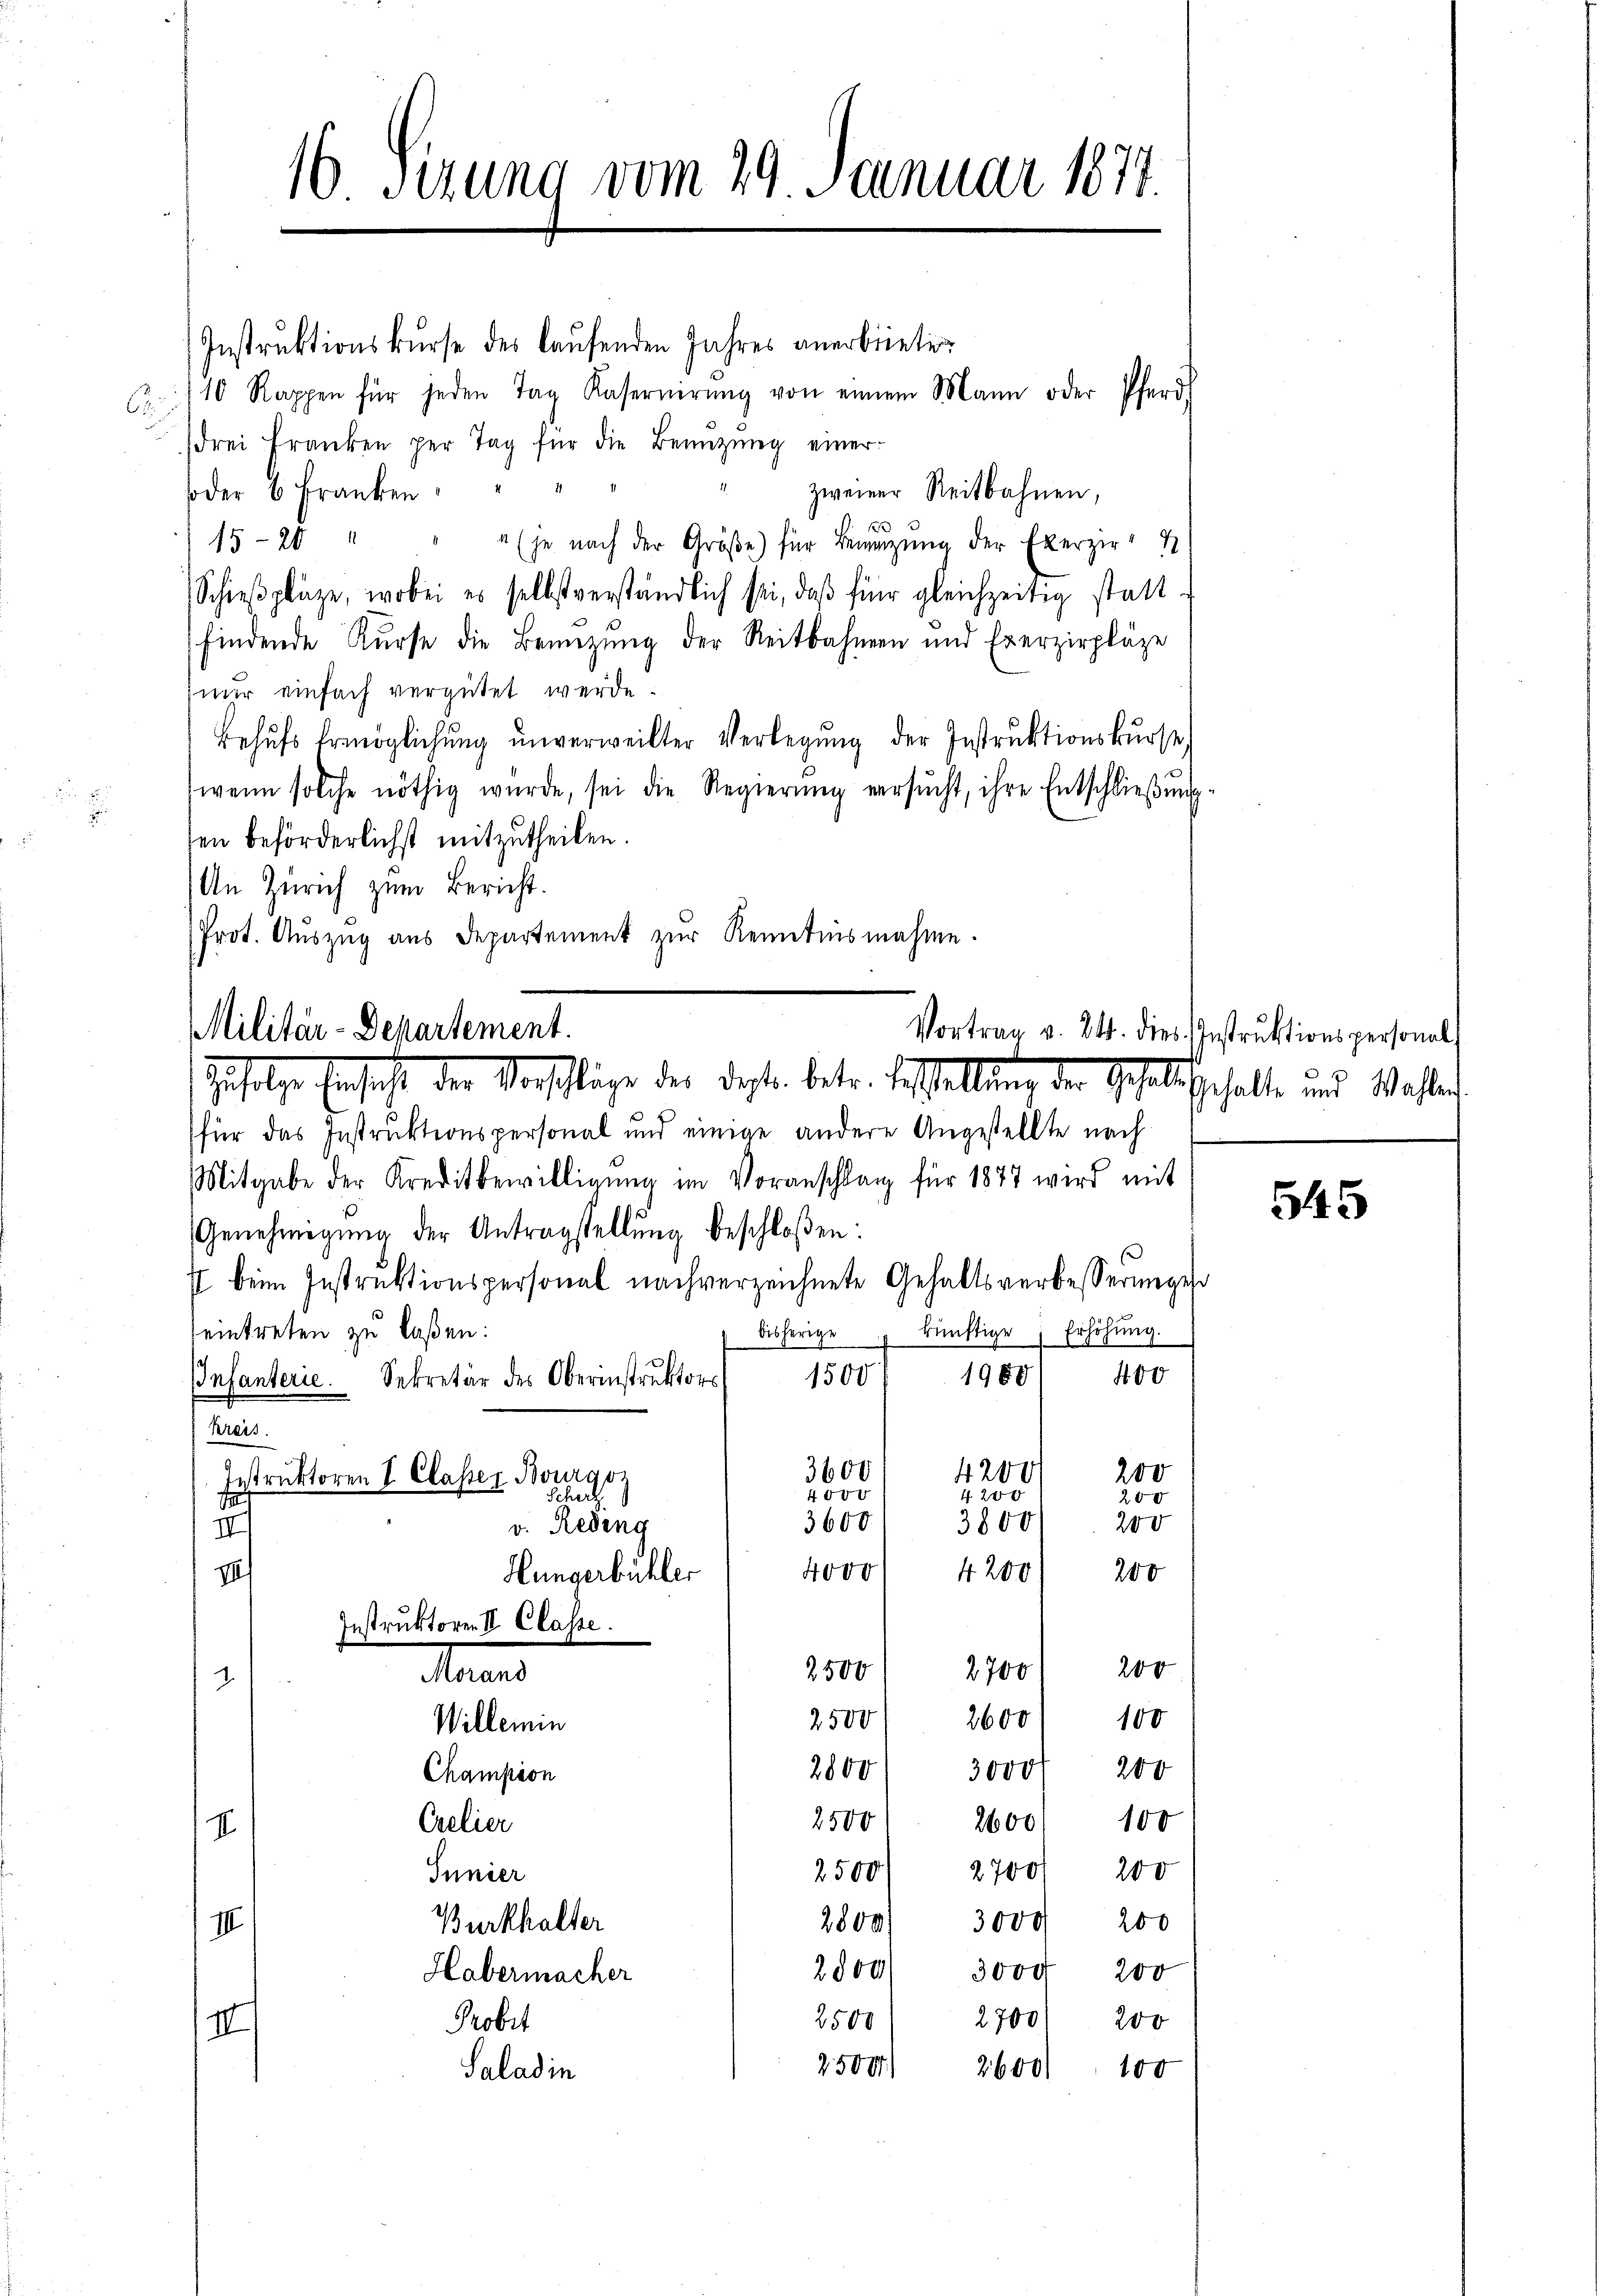
.

16 Sizung vom 29. Januar 1877.

Instruktionskurse des laufenden Jahres anerbieten
 110 Rappen für jeden Tag Kasernirŭng von einem Mann oder Pferd
drei Franken per Tag für die Benüzung einer
soder 6 Franken
zweiner Reitbahnen,
15-20
" (je nach der Größe) für Bewegung der Exerzir
Schieβplaze, wobei es selbstverständlich sei, daβ für gleichzeitig stattfindende Kurse die Benützung der Reitbahnen und Exerzirpläze
mir einfach vergütet werde.
Behŭfs Ermöglichung unverweilter Verlegung der Instruktionskurse
wenn solche nöthig wurde, sei die Regierŭng versŭcht, ihre Entschlieβŭng-
en beförderlichst mitzutheilen.
An Zürich zum Bericht.
Prot. Aŭszŭg aŭs Departement zŭr Renntnisnahme.

Vortrag.
Militär-Departement.
Gefolge Einsicht der Vorschläge des Deten betr. Testaltung der Gesellschalte und Waster

(für das Instruktionspersonal und einige andere Angestellte nach
Mitgabe der Kreditbewilligŭng im Voranschlag für 1877 wird mit
Genehmigŭng der Antragstellŭng beschloßen:
7 beim Instruktionspersonal nachverzeichnete Gehaltsverbesserungen
seintreten zu laßen:
bisherige
IInfanterie. Sekretär des Oberinstrŭktors 1500 19801 400
Kreis.
i
I
200
2700/
2500
.
2600
2500
100
Willemin
200
2800) 3000
Champion
2500
26001 100
Crelier
I
2500/ 2700/ 200
Iunier
Burkhalter
2800/ 3000 200
III
2800. 3000 200
Habermacher
2700
200
2500
Probit
III
2504) 2600) 100
Saladin

Instruktoren I. Classer Bourgoz
v. Reding
Hungerbühler
Instruktoren II. Classe.
Mund

3600
4000
3600
4ovg

4200
4 20 x
3800
4200

d
künftige Erhöhung.

200
200
200
200

dies Instruktionspersonal

545